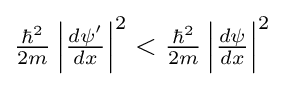
{\textstyle {\frac {\hbar ^{2}}{2m}}\left|{\frac {d\psi '}{dx}}\right|^{2}<{\frac {\hbar ^{2}}{2m}}\left|{\frac {d\psi }{dx}}\right|^{2}}